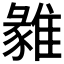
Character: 𩀅